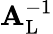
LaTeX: \mathbf{A}_{\mathrm{{L}}}^{-1}